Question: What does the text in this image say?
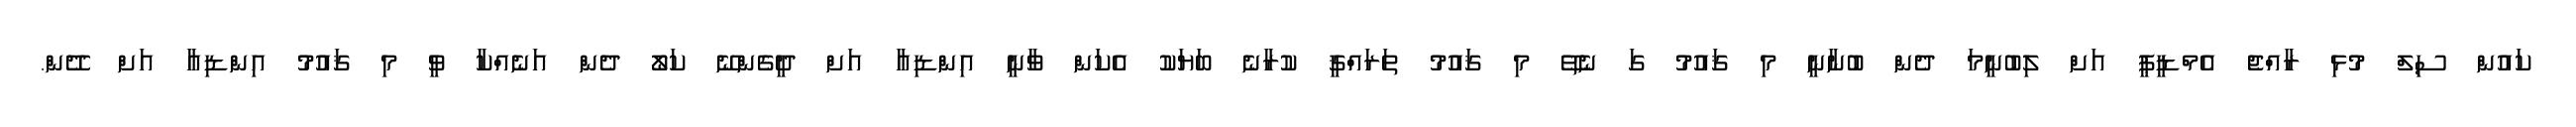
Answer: ކައުން ސިލް މުޅި ރާއްޖެ އެމްޑީޕީ އަށް ލިބުނީމަ ދެން ބުނާނީ މި ޤައުމު ގަ ނެތޭ މި ޤައުމު ތަރައްޤީ ކުރާނެ ބަޔަކު އެކަން ވާނީ އިންޑިއާ އަށް ދީގެންނޭ ކަލޯ ދެން އަނެއްކާ ވީ މި ޤައުމު އިންޑިއާ އަށް ދޭން.